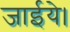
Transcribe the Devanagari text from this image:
जाईये।